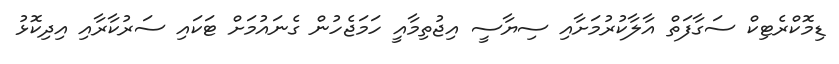
ޑިމޮކްރެޓިކް ސަގާފަތް އާލާކުރުމަށާއި ސިޔާސީ އިޖުތިމާއީ ހަމަޖެހުން ގެނައުމަށް ޓަކައި ސަރުކާރާއި އިދިކޮޅު